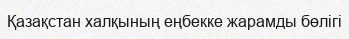
Қазақстан халқының еңбекке жарамды бөлігі